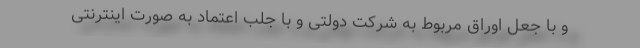
و با جعل اوراق مربوط به شرکت دولتی و با جلب اعتماد به صورت اینترنتی